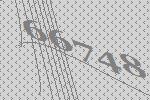
66748